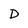
Character: D